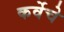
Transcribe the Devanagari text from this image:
कर्वेचे